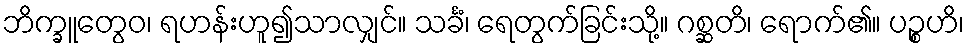
ဘိက္ခူတွေဝ၊ ရဟန်းဟူ၍သာလျှင်။ သင်္ခံ၊ ရေတွက်ခြင်းသို့။ ဂစ္ဆတိ၊ ရောက်၏။ ပဉ္စဟိ၊